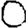
Digit: 0